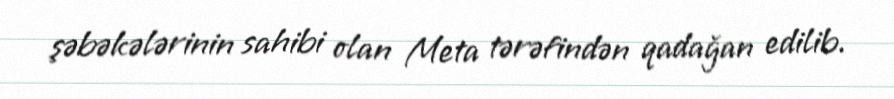
şəbəkələrinin sahibi olan Meta tərəfindən qadağan edilib.